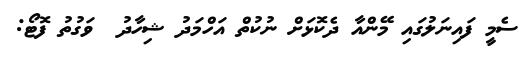
ސެމީ ފައިނަލުގައި މޭންއާ ދެކޮޅަށް ނުކުތް އަހްމަދު ޝިހާދު  ވަގުތު ފޮޓޯ: